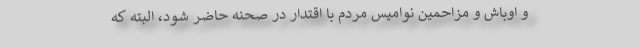
و اوباش و مزاحمین نوامیس مردم با اقتدار در صحنه حاضر شود، البته که